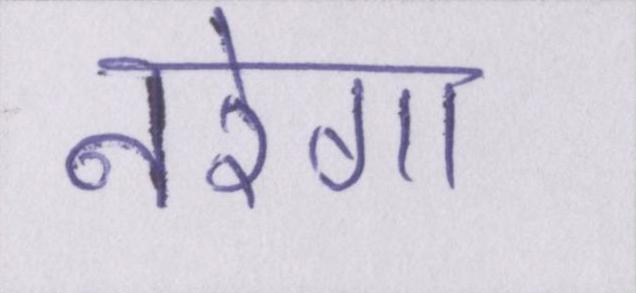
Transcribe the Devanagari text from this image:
नरेगा